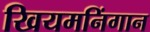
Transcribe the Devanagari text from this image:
खियमनिंगान